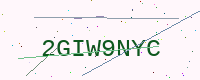
Text: 2GIW9NYC